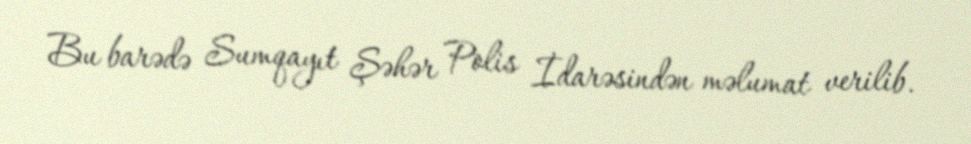
Bu barədə Sumqayıt Şəhər Polis İdarəsindən məlumat verilib.